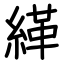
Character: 緙